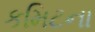
કમિટના